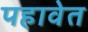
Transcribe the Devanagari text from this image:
पहावेत